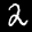
Label: 2